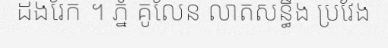
ដងរែក ។ ភ្នំ គូលែន លាតសន្ធឹង ប្រវែង